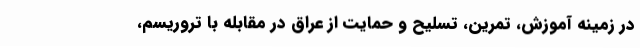
در زمینه آموزش، تمرین، تسلیح و حمایت از عراق در مقابله با تروریسم،